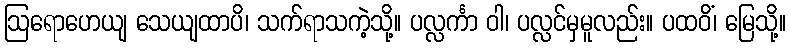
ဩရောဟေယျ သေယျထာပိ၊ သက်ရာသကဲ့သို့။ ပလ္လင်္ကာ ဝါ၊ ပလ္လင်မှမူလည်း။ ပထဝိံ၊ မြေသို့။